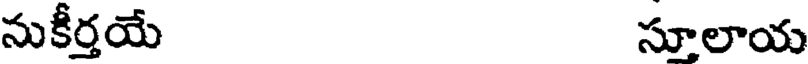
నుకీర్తయే సూలాయ